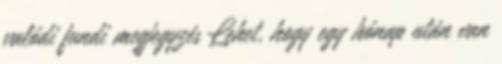
valódi fundi megjegyzés Lehet, hogy egy hónap után van